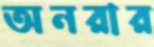
অনরার